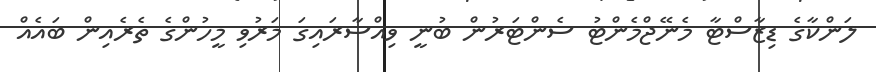
ލަންކާގެ ޑިޒާސްޓާ މެނޭޖްމެންޓު ސެންޓަރުން ބުނީ ވިއްސާރައިގަ މަރުވި މީހުންްގެ ތެރެއިން ބައެއް